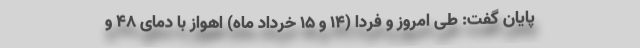
پایان گفت: طی امروز و فردا (۱۴ و ۱۵ خرداد ماه) اهواز با دمای ۴۸ و